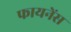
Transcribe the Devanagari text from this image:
फायनेंस